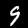
Label: 9